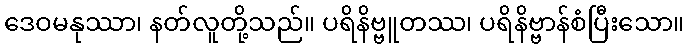
ဒေဝမနုဿာ၊ နတ်လူတို့သည်။ ပရိနိဗ္ဗူတဿ၊ ပရိနိဗ္ဗာန်စံပြီးသော။